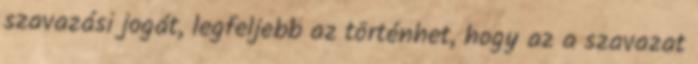
szavazási jogát, legfeljebb az történhet, hogy az a szavazat